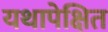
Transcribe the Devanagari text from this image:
यथापेक्षित